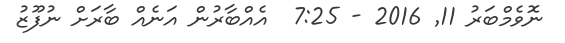
ނޮވެމްބަރު 11